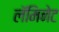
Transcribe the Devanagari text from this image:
लॅमिनेट